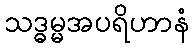
သဒ္ဓမ္မအပရိဟာနံ